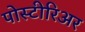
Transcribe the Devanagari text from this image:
पोस्टीरिअर